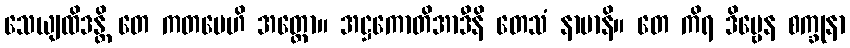
သေယျထိဒန္တိ တေ ကတမေဟိ အတ္ထော။ အဋ္ဌကောတိအာဒီနိ တေသံ နာမာနိ။ တေ ကိရ ဒိဗ္ဗေန စက္ခုနာ